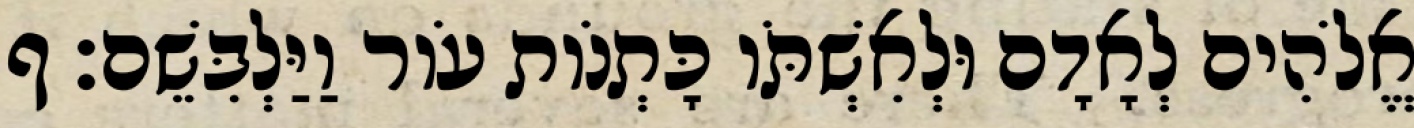
אֱלֹהִים לְאָדָם וּלְאִשְׁתֹּו כָּתְנֹות עֹור וַיַּלְבִּשֵׁם׃ ף